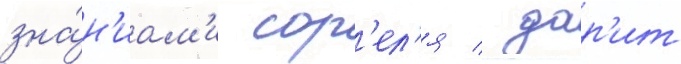
зна́н'иам'и сор'ел'я / дар'ит